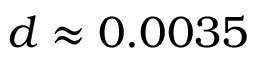
d \approx 0 . 0 0 3 5